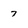
Character: 7